Calcutta medical institutions reports 1871-78
Year: 1871
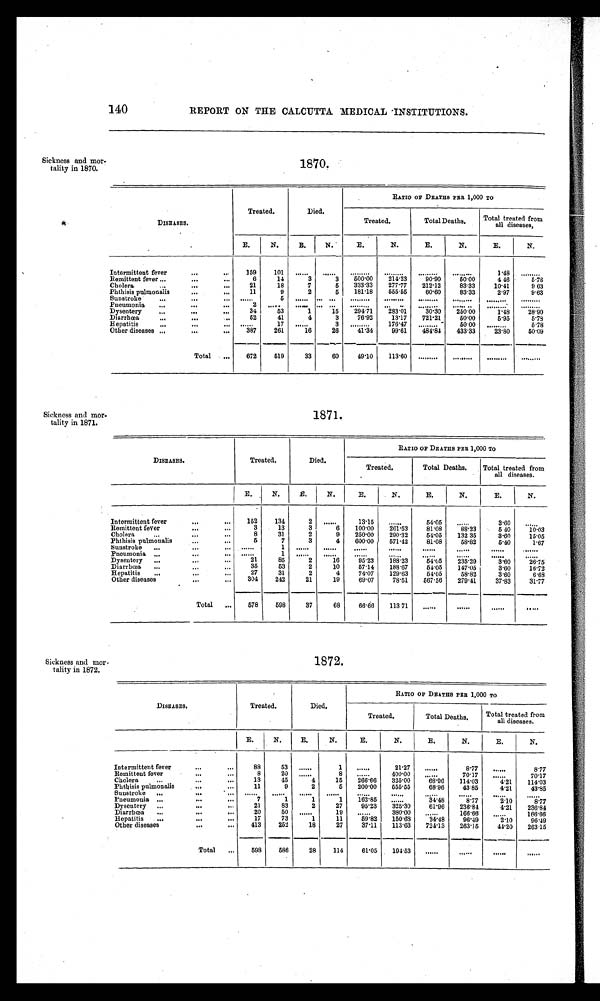
Sickness and mor
- tality in 1870.
1870.
Sickness and Mor-
tality in 1871.
1871.
Sickness and mor-
tality in 1872.
1872.
140 REPORT ON THE CALCUTTA MEDICAL INSTITUTIONS.
DISEASES.
Treated.
Died.
RATIO OF DEATHS PER 1,000 TO
Treated.
Total Deaths.
Total treated from
all diseases,
E.
N.
E. N.
E.
N.
E.
N.
E.
N.
Intermittent fever
159
101
...... ...... ......
............
......
1.48
. . . . . .
Remittent fever
6
14
3
3 500.00
2 1 4 . 2 3
90.90
50.00
4 46
5.78
C h o l e r a
2 1
18
7
5
333.33
277.77
2 1 2 . 1 2
83.33
10.41
9 63
Phthisis pulmonalis
11
9
2
5
181.18
555.55
60.60
83.33
2.97
9.63
Sunstroke
. . . . . .
5 ......
. . . . . .
......
............
............
......
Pneumonia
2
. . . . . . ......
. . . . . .......
............
............
......
Dysentery
34
5 3
1
15
294.71
2 8 3 . 0 1
30.30 250.00
1.48
28.90
Diarrhœa
52
41
4
3
76.92
13.17
7 2 1 . 2 1
50.00
5.95
5 . 7 8
Hepatitis
. . . . . .
17
. . . . . .
3
. . . . . . 176.47
. . . . . .
5 0 . 0 0
. . . . . .
5.78
Other diseases
387
261
16
26
41.34
99.61
4 8 4 . 8 4 433.33
23.80
50.09
Total
672
519
33
60
49.10
113.60
. . . . . .
. . . . . .
. . . . . .
. . . . . .
DISEASES.
Treated.
Died.
RATIO OF DEATHS PER 1,000 TO
Treated.
Total Deaths.
Total treated from
all diseases.
E.
N.
E.
N.
E.
N.
E.
N.
E.
N.
Intermittent fever
152
134
2
. . . . . .
13.15
. . . . . .
54.05
. . . . . .
3.60
. . . . . .
Remittent fever
3
13
3
6
100.00
2 6 1 . 5 3
81.08
88.23
5 40
10.03
Cholera
8
31
2
9 250.00
2 9 0 . 3 2
54.05
132 35
3.60
15.05
Phthisis pulmonalis
5
7
3
4 600.00
571.42
81.08
58.82
5.40
1.67
Sunstroke
......
1 ...... ...... ......
......
......
......
......
......
Pneumonia
......
1 ...... ...... ......
......
......
......
......
......
Dysentery
21
85
2
16
95.23
188.23
54.05
235.29
3.60
26.75
Diarrhœa
35
53
2
10
57.14
188.67
5 4 . 0 5 147.05
3.60
16.72
Hepatitis
27
31
2
4
74.07
1 2 9 . 6 3
54.05
5 8 . 8 2
3 . 6 0
6 . 6 8
Other diseases
304
242
21
19
6 9 . 0 7
78.51 567.56
2 7 9 . 4 1
3 7 . 8 3
31.77
Total
578
598
37
68
66.66
1 1 3 . 7 1
. . . . . .
. . . . . .
. . . . . .
. . . . . .
DISEASES.
Treated.
Died.
RATIO OF DEATHS PER 1,000 TO
Treated.
Total Deaths.
Total treated from
all diseases.
E.
N.
E.
N. E.
N.
E.
N.
E.
N.
Intermittent fever
88
53
. . . . . .
1
. . . . . .
2 1 . 2 7
. . . . . .
8 . 7 7
. . . . . .
8 . 7 7
Remittent fever
8
20
. . . . . .
8
. . . . . .
4 0 0 . 0 0
. . . . . . 70.17
. . . . . .
70.17
Cholera
13
45
4
15
2 6 6 . 6 6 325.00
6 8 . 9 6 114.03
4.21
1 1 4 . 0 3
Phthisis pulmonalis
11
9
2
5 200.00 555.55
68.96
4 3 . 8 5
4.21
43.85
S u n s t r o k e ...... ...... ...... ...... ......
......
......
......
......
......
Pneumonia
7
1
1
1
1 6 2 . 8 5
. . . . . . 34.48
8.77
2.10
8.77
Dysentery
21
83
2
27
95.23 325.30
61.96 236.84
4 . 2 1 236.84
Diarrhœa
20
50
. . . . . .
19
. . . . . . 380.00
. . . . . .
1 6 6 . 6 6
. . . . . .
1 6 6 . 6 6
Hepatitis
17
73
1
11
59.82
1 5 0 . 6 8
34.48
96.49
2.10
9 6 . 4 9
Other diseases
413
252
18
27
37.11
113.63 724.13 263.15
44.20 263.15
Total
598
586
28
1 1 4
61.05
1 9 4 . 5 3
. . . . . .
. . . . . .
. . . . . .
. . . . . .